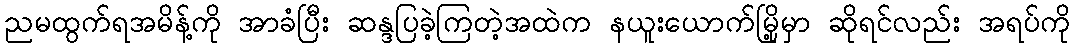
ညမထွက်ရအမိန့်ကို အာခံပြီး ဆန္ဒပြခဲ့ကြတဲ့အထဲက နယူးယောက်မြို့မှာ ဆိုရင်လည်း အရပ်ကို